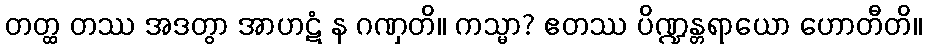
တတ္ထ တဿ အဒတွာ အာဟဋံ န ဂဏှတိ။ ကသ္မာ? ဧတဿ ပိဏ္ဍန္တရာယော ဟောတီတိ။